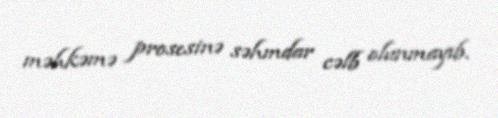
məhkəmə prosesinə səhmdar cəlb olunmayıb.